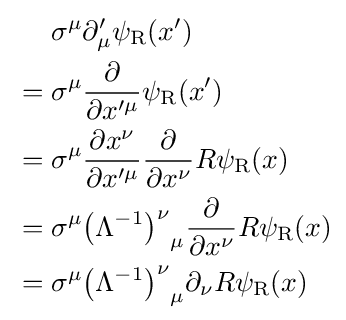
{\begin{aligned}&\sigma ^{\mu }\partial _{\mu }^{\prime }\psi _{\rm {R}}(x^{\prime })\\{}={}&\sigma ^{\mu }{\frac {\partial }{\partial x^{\prime \mu }}}\psi _{\rm {R}}(x^{\prime })\\{}={}&\sigma ^{\mu }{\frac {\partial x^{\nu }}{\partial x^{\prime \mu }}}{\frac {\partial }{\partial x^{\nu }}}R\psi _{\rm {R}}(x)\\{}={}&\sigma ^{\mu }{\left(\Lambda ^{-1}\right)^{\nu }}_{\mu }{\frac {\partial }{\partial x^{\nu }}}R\psi _{\rm {R}}(x)\\{}={}&\sigma ^{\mu }{\left(\Lambda ^{-1}\right)^{\nu }}_{\mu }\partial _{\nu }R\psi _{\rm {R}}(x)\end{aligned}}